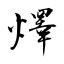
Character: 燡